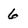
Character: 6